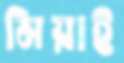
মিয়াই